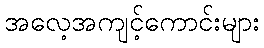
အလေ့အကျင့်ကောင်းများ